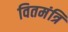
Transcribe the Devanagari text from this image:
वितमंत्रि